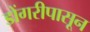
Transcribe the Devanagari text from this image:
डोंगरीपासून